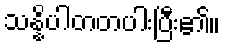
သန္နိပါတတပါးပြီး၏။